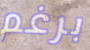
برغم